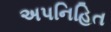
અપનિહિત